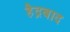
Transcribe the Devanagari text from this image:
हैद्रबाद